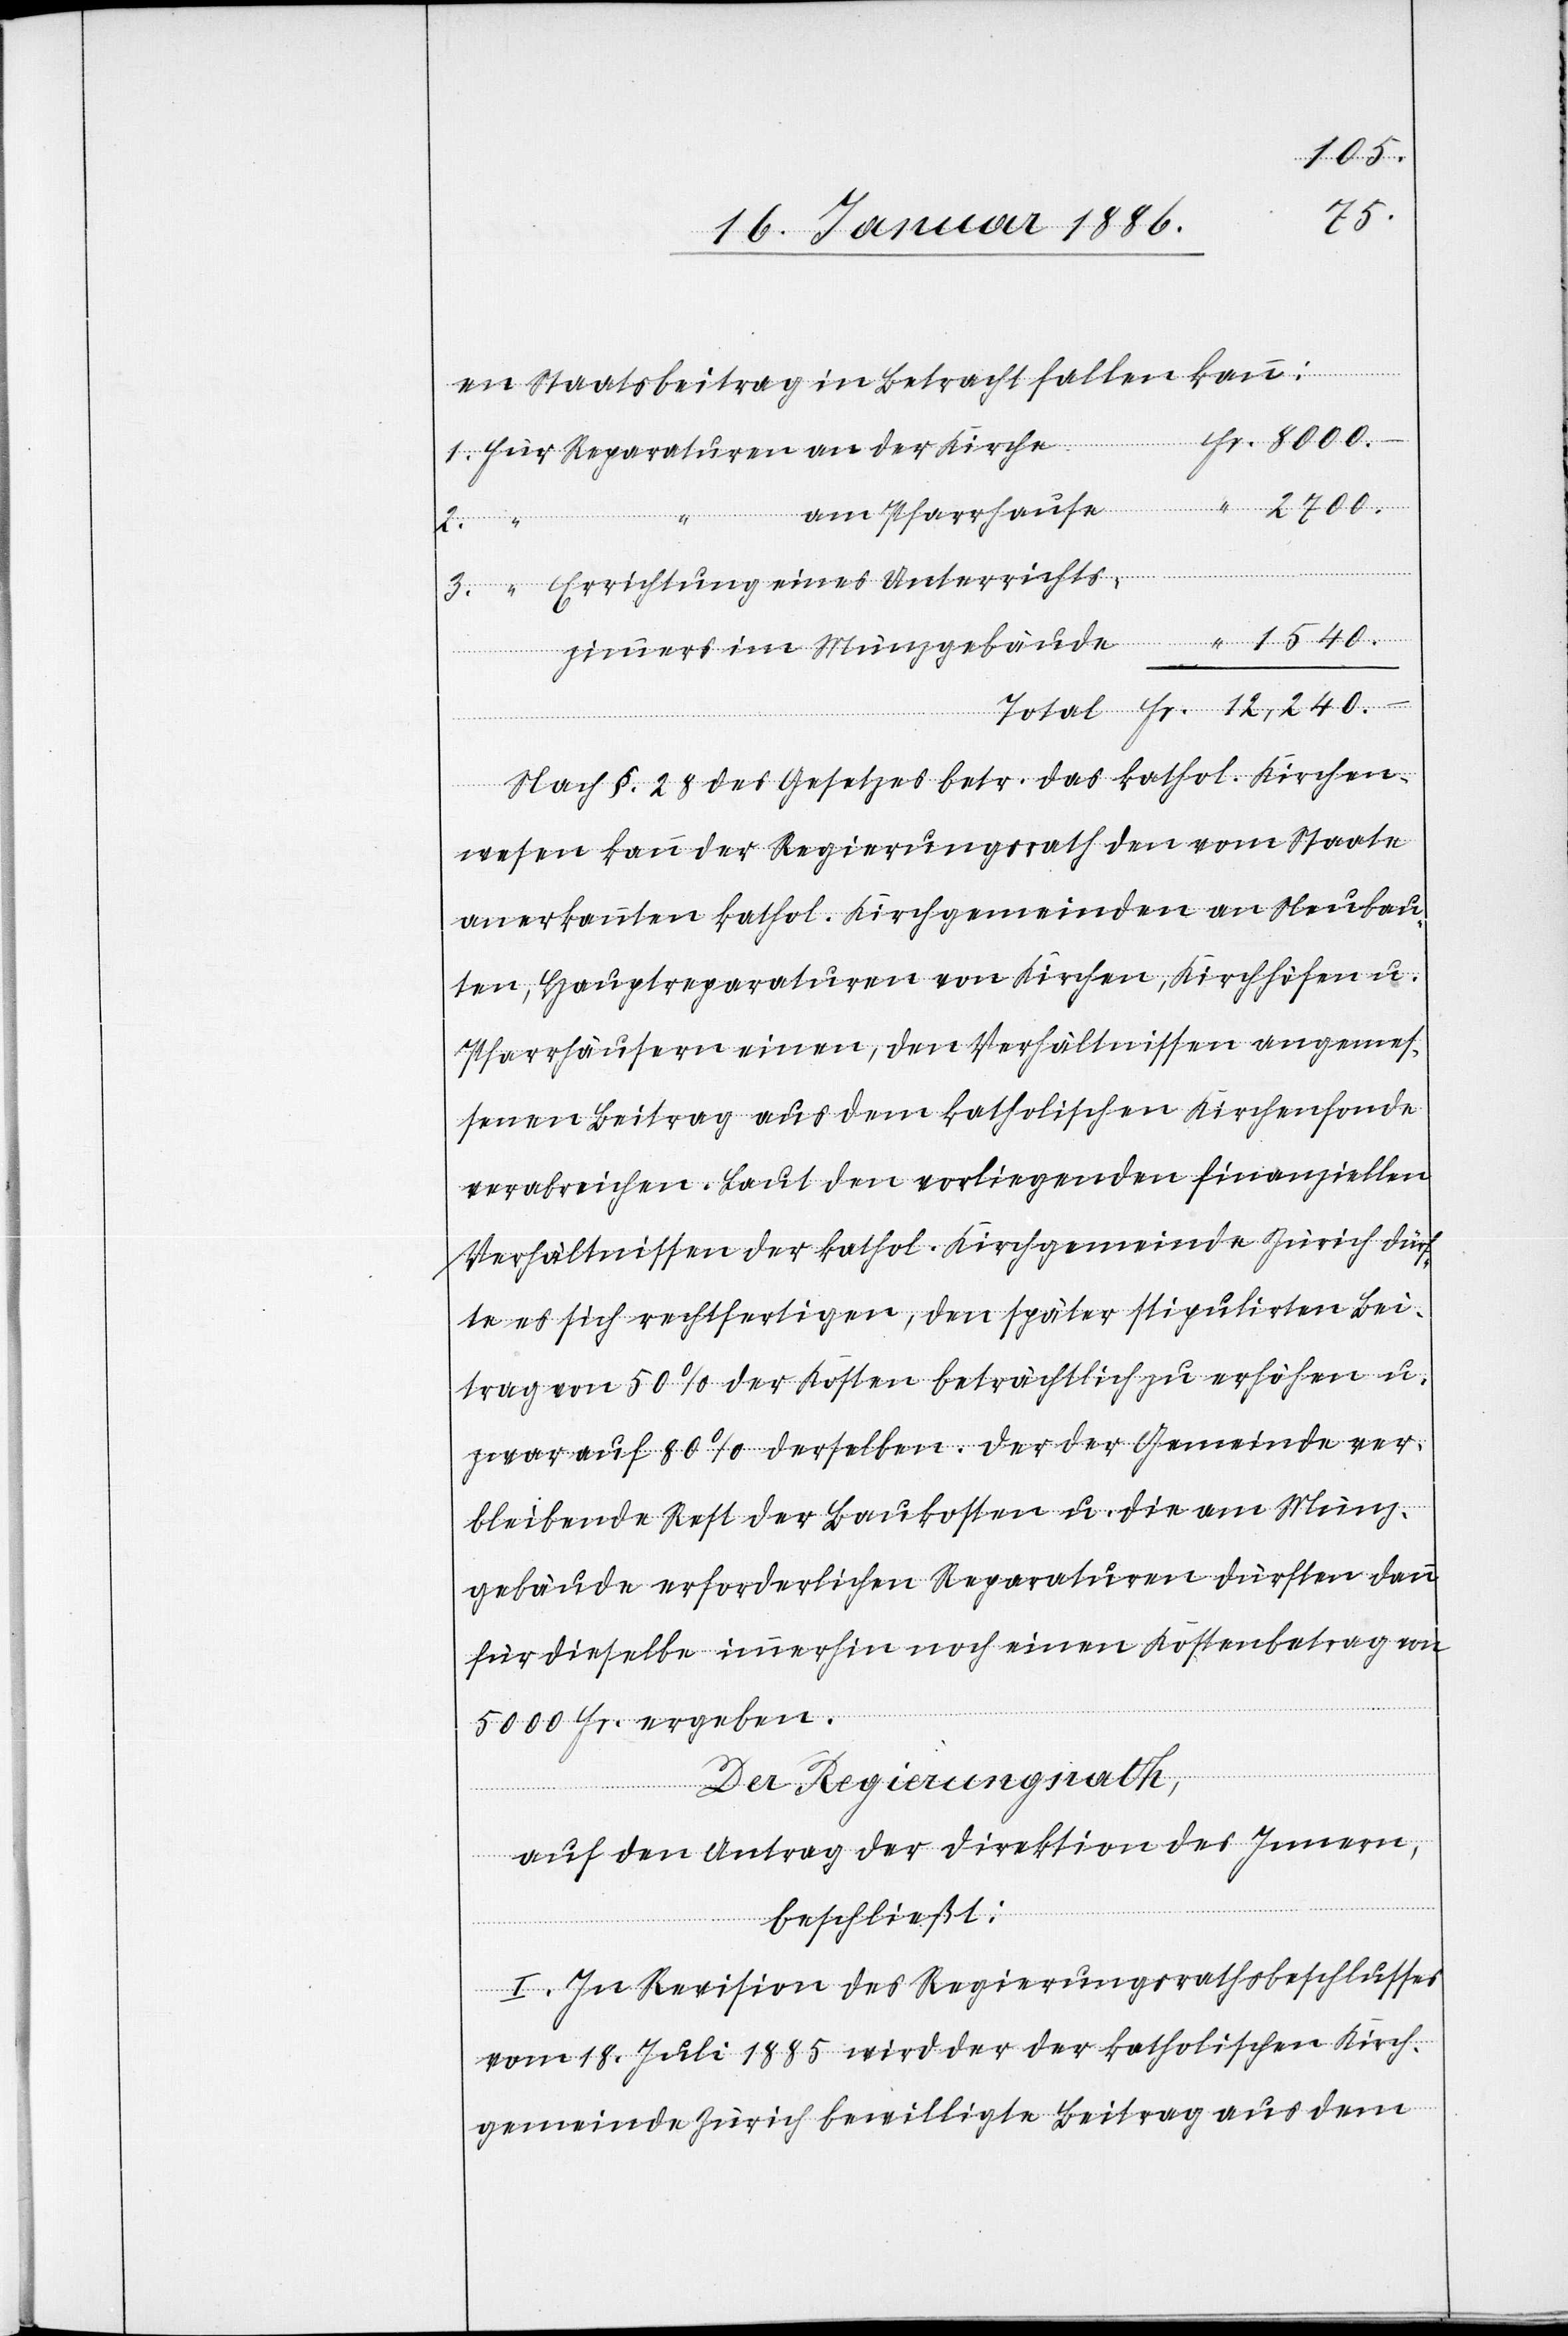
2700.
Fr.
en Staatsbeitrag in Betracht fallen kann:
zimmers
Errichtung eines Unterrichts¬
Nach §. 28 des Gesetzes betr. das kathol. Kirchen¬
wesen kann der Regierungsrath den vom Staate
anerkannten kathol. Kirchgemeinden an Neubau¬
ten, Hauptreparaturen von Kirchen, Kirchhöfen u.
Pfarrhäusern einen, den Verhältnissen angemes¬
senen Beitrag aus dem katholischen Kirchenfonde
verabreichen. Laut den vorliegenden finanziellen
Verhältnissen der kathol. Kirchgemeinde Zürich dürf¬
te es sich rechtfertigen, den später stipulirten Bei¬
trag von 50% der Kosten beträchtlich zu erhöhen u.
zwar auf 80% derselben. Der der Gemeinde ver¬
bleibende Rest der Baukosten u. die am Münz¬
gebäude erforderlichen Reparaturen dürften dann
für dieselbe immerhin noch einen Kostenbetrag von
5000 Fr. ergeben.
Der Regierungsrath,
auf den Antrag der Direktion des Innern,
beschließt:
I. In Revision des Regierungsrathsbeschlusses
vom 18. Juli 1885 wird der der katholischen Kirch¬
gemeinde Zürich bewilligte Beitrag aus dem